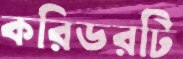
করিডরটি